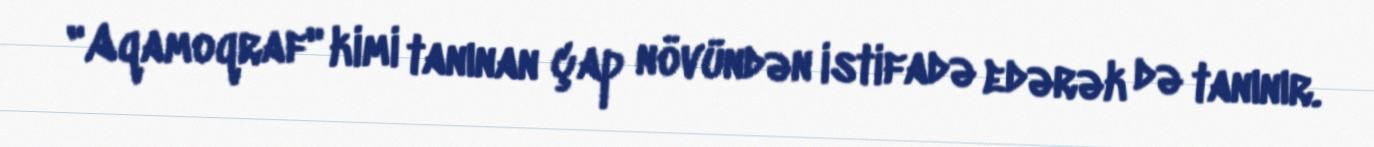
"Aqamoqraf" kimi tanınan çap növündən istifadə edərək də tanınır.